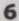
6